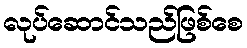
လုပ်ဆောင်သည်ဖြစ်စေ